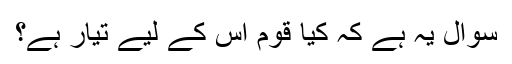
سوال یہ ہے کہ کیا قوم اس کے لیے تیار ہے؟